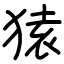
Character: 𫞤